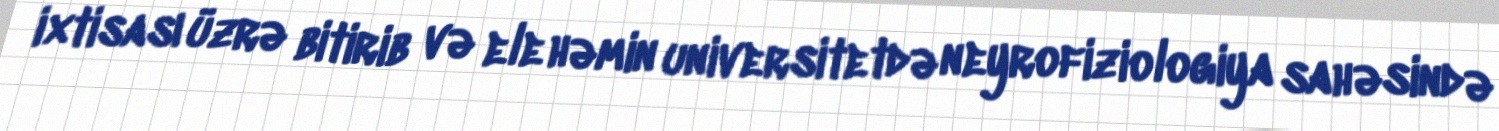
ixtisası üzrə bitirib və ele həmin universitetdə neyrofiziologiya sahəsində